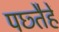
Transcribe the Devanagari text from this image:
पछ्तैहें